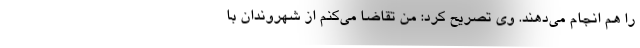
را هم انجام می‌دهند. وی تصریح کرد: من تقاضا می‌کنم از شهروندان با